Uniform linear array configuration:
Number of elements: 32
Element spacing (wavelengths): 0.5
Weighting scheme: uniform
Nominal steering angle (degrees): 30
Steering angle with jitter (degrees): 30.213
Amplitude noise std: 0.05
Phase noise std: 0.05

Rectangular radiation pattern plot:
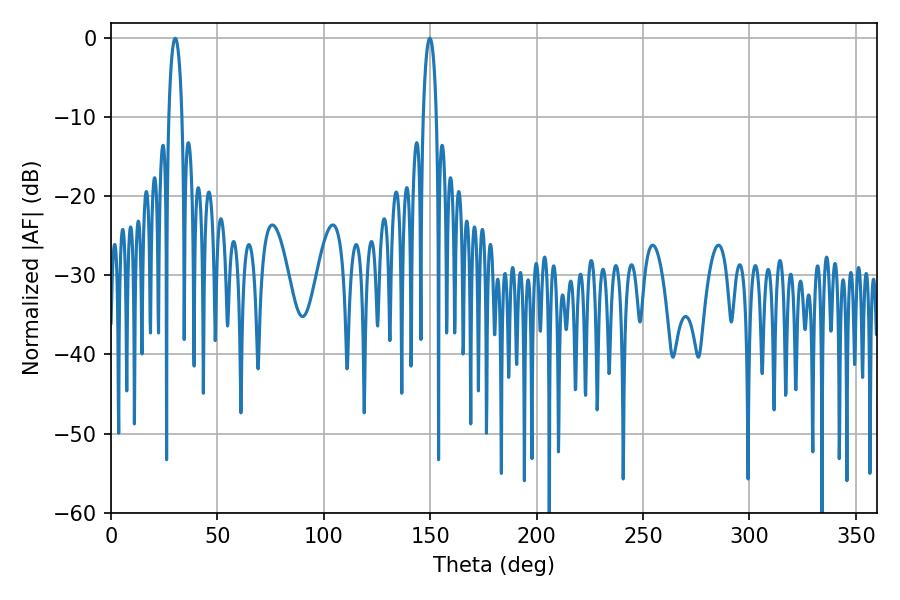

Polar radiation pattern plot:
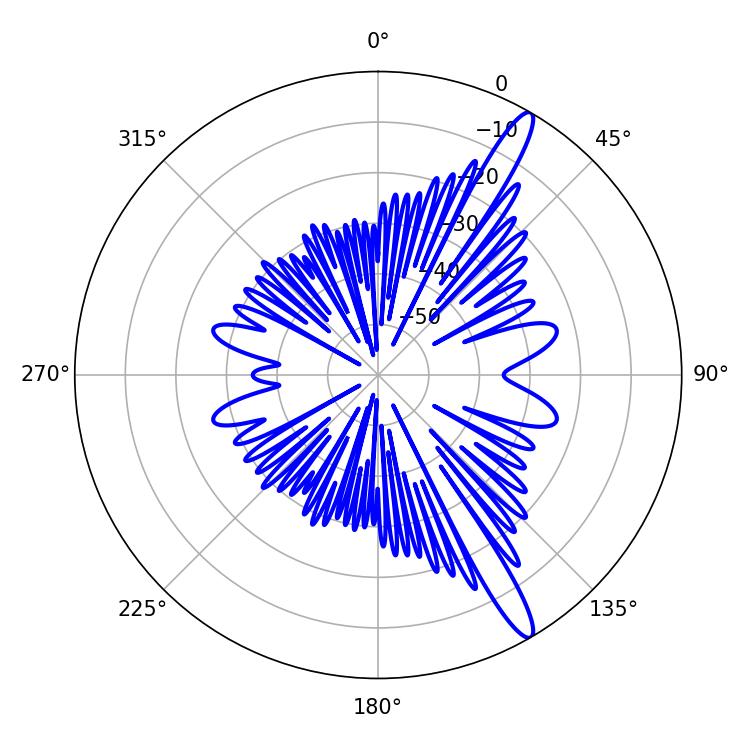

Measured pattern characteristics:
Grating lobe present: FALSE
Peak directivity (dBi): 14.407
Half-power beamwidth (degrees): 3.6
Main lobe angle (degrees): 30.24